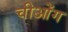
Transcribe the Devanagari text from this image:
चीओंग